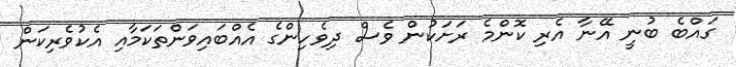
ގައްބެ ބުނީ އޭނާ އެރި ކޮންމެ ރަށަކުން ވެސް ދިވެހިންގެ އެއްބައިވަންތަކަމާއި އެކުވެރިކަން